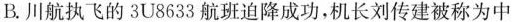
B.川航执飞的3U8633航班迫降成功，机长刘传建被称为中